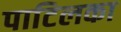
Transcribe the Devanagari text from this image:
पाटिलका